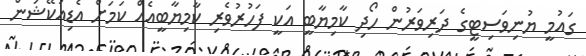
ގައުމީ ޔުނިވަސިޓީގެ ދަރިވަރުން ހޯދި ކާމިޔާބީ އަކީ ފަހުރުވެރި ކާމިޔާބީއެއް ކަމަށް އެޑިއުކޭޝަން